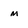
Character: m